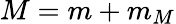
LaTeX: M=m+m_{M}